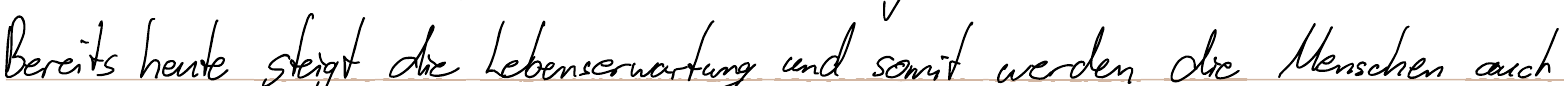
Bereits heute steigt die Lebenserwartung und somit werden die Menschen auch